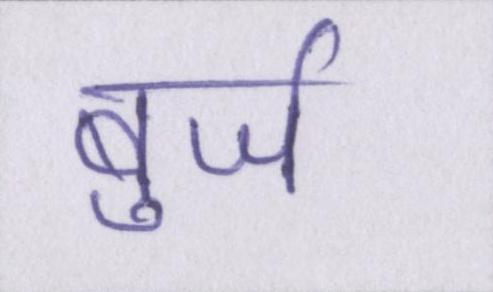
बुर्ज